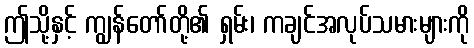
ဤသို့နှင့် ကျွန်တော်တို့၏ ရှမ်း၊ ကချင်အလုပ်သမားများကို